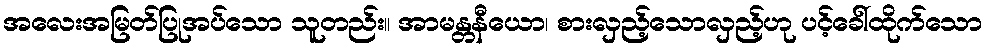
အလေးအမြတ်ပြုအပ်သော သူတည်း။ အာမန္တနီယော၊ စားလှည့်သောလှည့်ဟု ပင့်ခေါ်ထိုက်သော